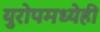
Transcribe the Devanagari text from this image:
युरोपमध्येही